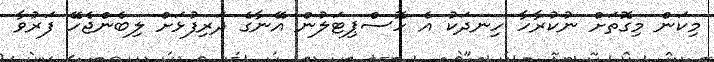
މިކަން މިގޮތަށް ނުކުރާހާ ހިނދަކު އެ ހޮސްޕިޓަލުން އޭނާގެ ދަރިފުޅަށް ލިބެންޖެހޭ ފަރުވާ